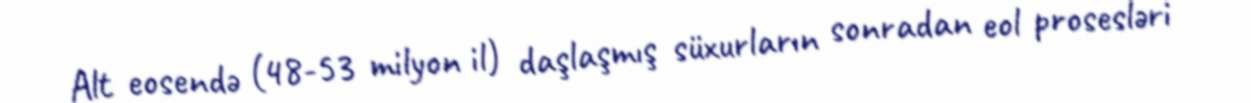
Alt eosendə (48-53 milyon il) daşlaşmış süxurların sonradan eol prosesləri